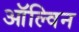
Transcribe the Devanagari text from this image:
ऑल्विन